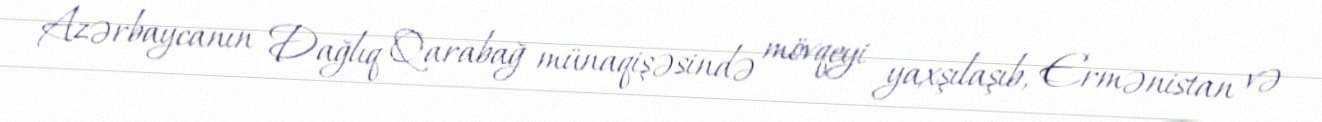
Azərbaycanın Dağlıq Qarabağ münaqişəsində mövqeyi yaxşılaşıb, Ermənistan və